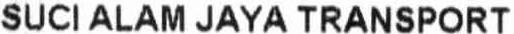
SUCI ALAM JAYA TRANSPORT